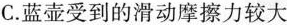
C.蓝壶受到的滑动摩擦力较大